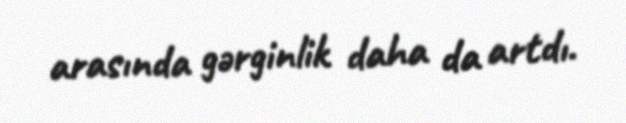
arasında gərginlik daha da artdı.